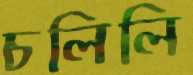
চলিলি